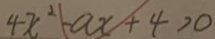
4 x ^ { 2 } - a x + 4 > 0